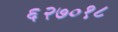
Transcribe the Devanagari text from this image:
६२७०१८